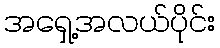
အရှေ့အလယ်ပိုင်း